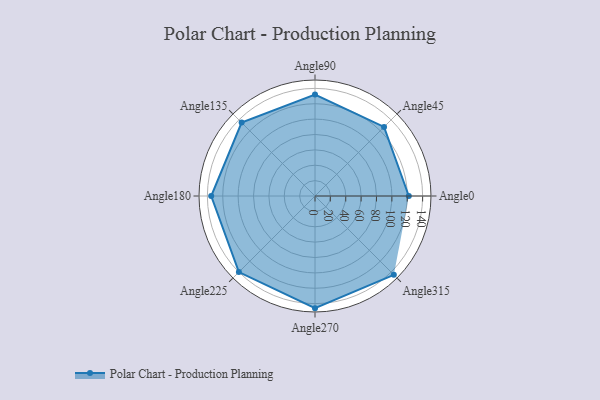
{"axis": {"x": "Angle", "y": "Radius"}, "legend": [""], "data": [{"x": "Angle0", "y": 122.0, "type": ""}, {"x": "Angle45", "y": 127.0, "type": ""}, {"x": "Angle90", "y": 132.0, "type": ""}, {"x": "Angle135", "y": 135.0, "type": ""}, {"x": "Angle180", "y": 135.0, "type": ""}, {"x": "Angle225", "y": 140.0, "type": ""}, {"x": "Angle270", "y": 146.0, "type": ""}, {"x": "Angle315", "y": 145.0, "type": ""}]}